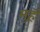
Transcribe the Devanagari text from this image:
मुहॅ